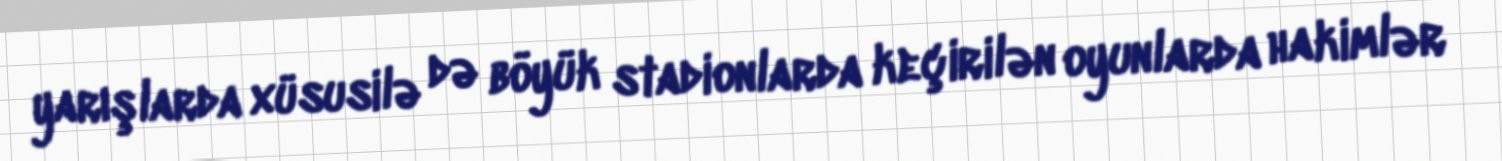
yarışlarda xüsusilə də böyük stadionlarda keçirilən oyunlarda hakimlər